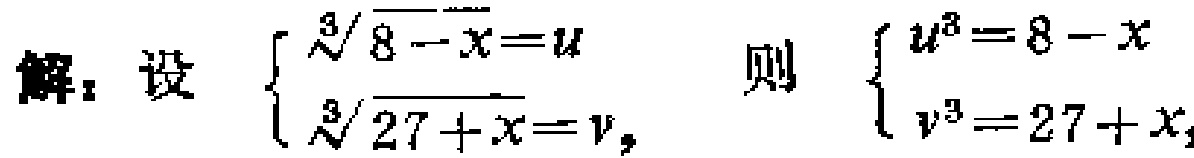
解：设$\begin{cases}
\sqrt[3]{8 - x}=u\\
\sqrt[3]{27 + x}=v
\end{cases}$，则$\begin{cases}
u^{3}=8 - x\\
v^{3}=27 + x
\end{cases}$